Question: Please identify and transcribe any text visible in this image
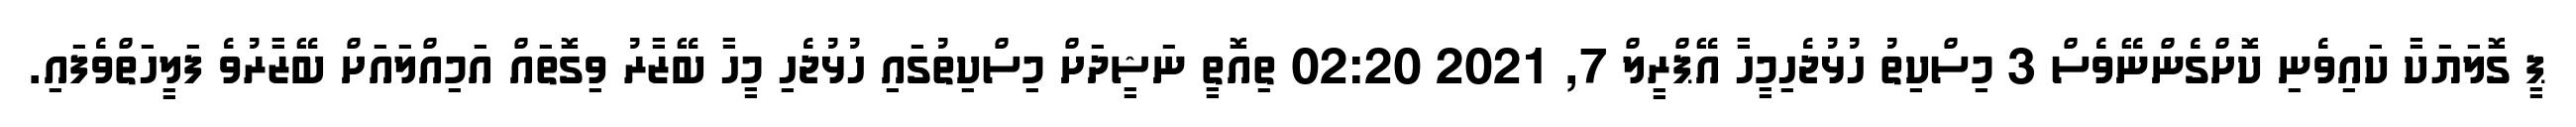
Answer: ޕީ ގޮލަޔަކާ ކައިވެނި ކޮށްގެންނޭވެސް 3 މިސްކިތު ހުޅުޖެހިމީހާ އޭޕްރީލް 7, 2021 02:20 ތިއޮތީ ނަޝީދަށް މިސްކިތުގައި ހުޅުޖެހި މީހާ ބޭޒާރު ވިގޮތައް އަމިއްލައަށް ބޭޒާރުވެ ފަލީހަތްވެފައި.